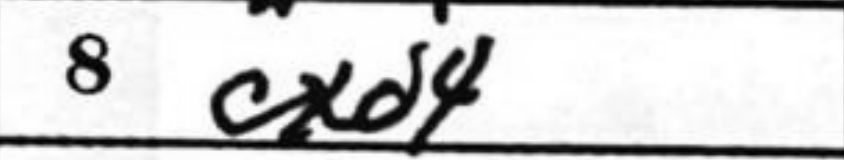
Transcription: cxd4